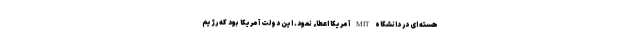
هسته ای در دانشگاه MIT آمریکا اعطاء نمود. این دولت آمریکا بود که رژیم